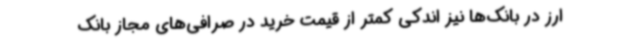
ارز در بانک‌ها نیز اندکی کمتر از قیمت خرید در صرافی‌های مجاز بانک